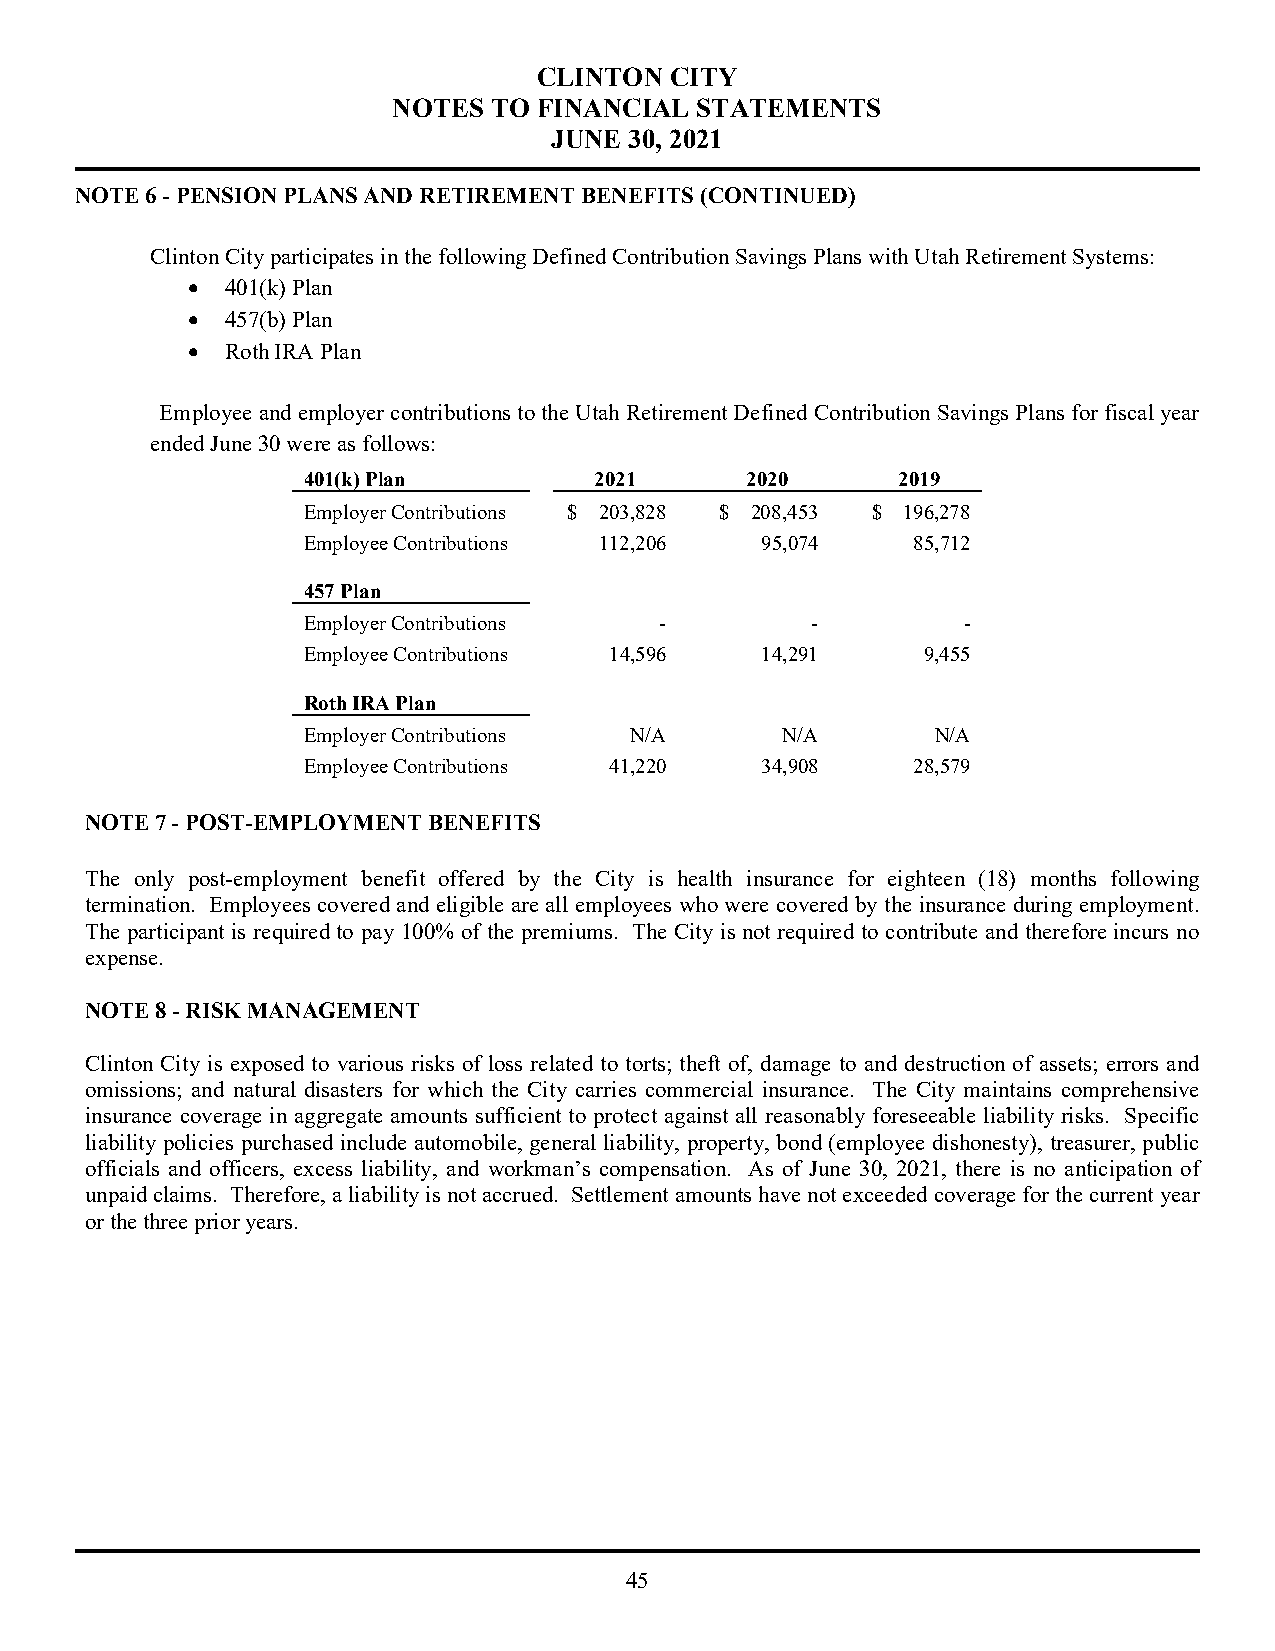
CLINTON CITY
 NOTES TO  FINANCIAL STATEMENTS
 JUNE  30, 2021
 NOTE 6 - PENSION PLANS AND RETIREMENT BENEFITS (CONTINUED)
 Clinton City participates in the following Defined Contribution Savings Plans with Utah Retirement Systems:
   401(k) Plan
   457(b) Plan
   Roth IRA Plan
 Employee and employer contributions to the Utah Retirement Defined Contribution Savings Plans for fiscal year
 ended June 30 were as follows:
 401(k) Plan        2021      2020      2019
 Employer Contributions $ 203,828 $ 208,453 $ 196,278
 Employee Contributions 112,206 95,074   85,712
 457 Plan
 Employer Contributions  -         -         -
 Employee Contributions 14,596 14,291     9,455
 Roth IRA Plan
 Employer Contributions N/A      N/A       N/A
 Employee Contributions 41,220 34,908    28,579
 NOTE 7 - POST-EMPLOYMENT BENEFITS
 The only post-employment benefit offered by the City is health insurance for eighteen (18) months following
 termination. Employees covered and eligible are all employees who were covered by the insurance during employment.
 The participant is required to pay 100% of the premiums. The City is not required to contribute and therefore incurs no
 expense.
 NOTE 8 - RISK MANAGEMENT
 Clinton City is exposed to various risks of loss related to torts; theft of, damage to and destruction of assets; errors and
 omissions; and natural disasters for which the City carries commercial insurance. The City maintains comprehensive
 insurance coverage in aggregate amounts sufficient to protect against all reasonably foreseeable liability risks. Specific
 liability policies purchased include automobile, general liability, property, bond (employee dishonesty), treasurer, public
 officials and officers, excess liability, and workman’s compensation. As of June 30, 2021, there is no anticipation of
 unpaid claims. Therefore, a liability is not accrued. Settlement amounts have not exceeded coverage for the current year
 or the three prior years.
 45